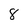
Character: 8